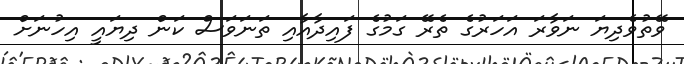
ވޭތުވެދިޔަ ނަވާރަ އަހަރުގެ ތެރޭ ގަމުގެ ފައިދާއާއި ތަނަވަސް ކަން ދިޔައީ އިހުނަށް